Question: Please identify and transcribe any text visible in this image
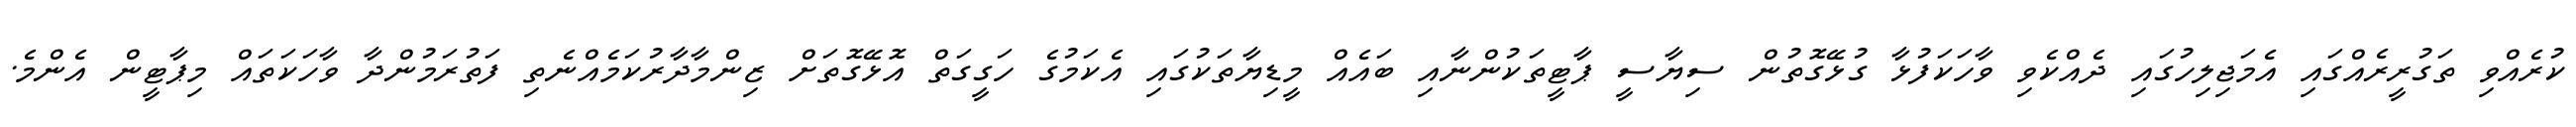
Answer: ކުރެއްވި ތަގުރީރެއްގައި އެމަޖިލިހުގައި ދެއްކެވި ވާހަކަފުޅާ ގުޅޭގޮތުން ސިޔާސީ ޕާޓީތަކުންނާއި ބައެއް މީޑިޔާތަކުގައި އެކަމުގެ ހަގީގަތް އޮޅޭގޮތަށް ޒިންމާދާރުކަމެއްނެތި ފަތުރަމުންދާ ވާހަކަތައް މިޕާޓީން އެންމެ.